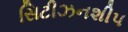
સિટીઝનશીપ